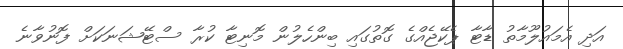
އަދި އެމައުލޫމާތު ޑާޓާ ޕެކޭޖެއްގެ ގޮތުގައި ބިންހެލުން މޮނިޓާ ކުރާ ސްޓޭޝަނަކަށް ފޮނުވާނެ